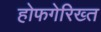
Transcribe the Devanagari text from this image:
होफगेरिख्त